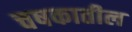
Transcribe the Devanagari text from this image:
चषकातील